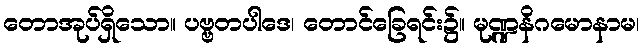
တောအုပ်ရှိသော။ ပဗ္ဗတပါဒေ၊ တောင်ခြေရင်း၌။ မုဏ္ဍနိဂမောနာမ၊